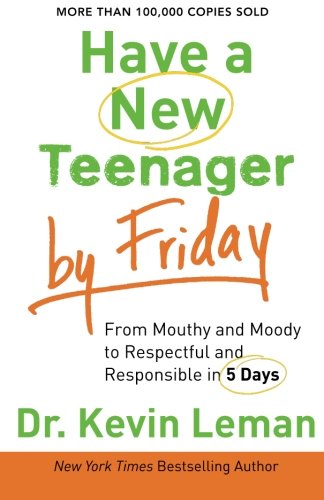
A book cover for Have a New Teenager by Friday: From Mouthy and Moody to Respectful and Responsible in 5 Days; Dr. Kevin Leman; Parenting & Relationships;